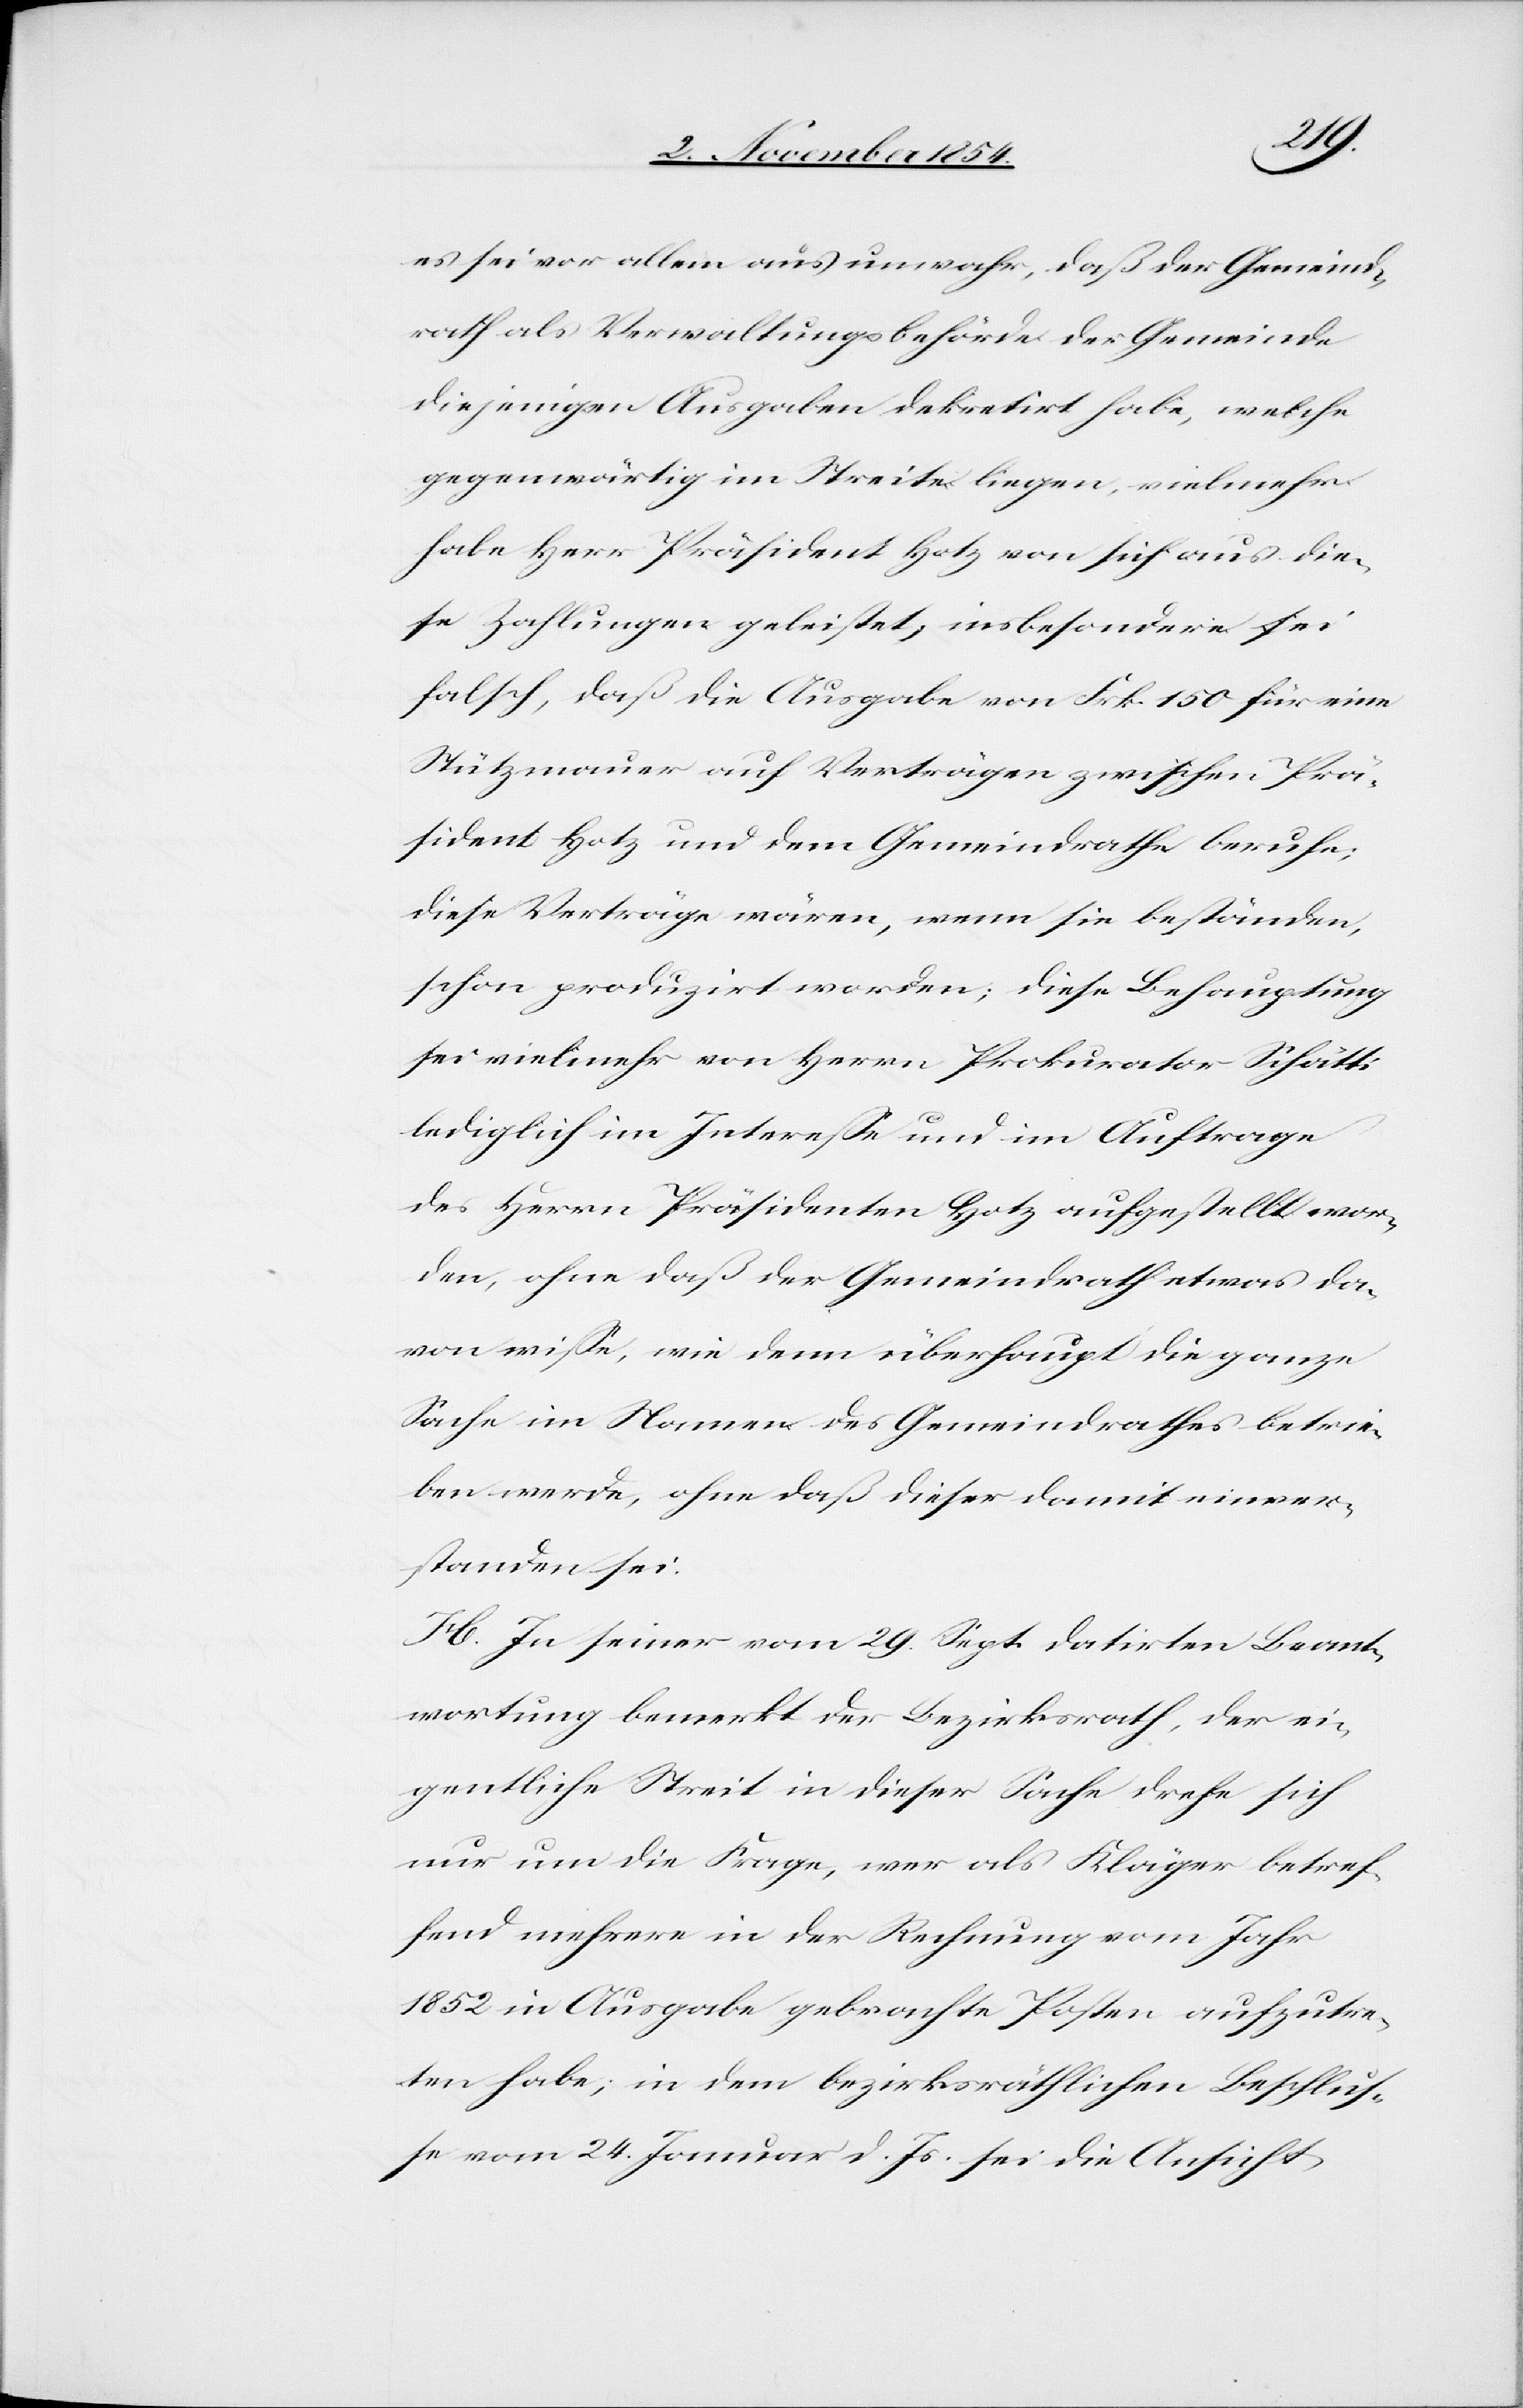
es sei vor allem aus unwahr, daß der Gemeind¬
rath als Verwaltungsbehörde der Gemeinde
diejenigen Ausgaben dekretirt habe, welche
gegenwärtig im Streite liegen, vielmehr
habe Herr Präsident Hotz von sich aus die¬
se Zahlungen geleistet, insbesondere sei
falsch, daß die Ausgabe von Frk. 150 für eine
Stützmauer auf Verträgen zwischen Prä¬
sident Hotz und dem Gemeindrathe beruhe;
diese Verträge wären, wenn sie beständen,
schon produzirt worden; diese Behauptung
sei vielmehr von Herrn Prokurator Schätti
lediglich im Intereße und im Auftrage
des Herrn Präsidenten Hotz aufgestellt wor¬
den, ohne daß der Gemeindrath etwas da¬
von wiße, wie denn überhaupt die ganze
Sache im Namen des Gemeindrathes betrie¬
ben werde, ohne daß dieser damit einver¬
standen sei.
H. In seiner vom 29. Sept. datirten Beant¬
wortung bemerkt der Bezirksrath, der ei¬
gentliche Streit in dieser Sache drehe sich
nur um die Frage, wer als Kläger betref¬
fend mehrere in der Rechnung vom Jahr
1852 in Ausgabe gebrachte Posten aufzutre¬
ten habe; in dem bezirksräthlichen Beschlus¬
se vom 24. Januar d. Js. sei die Ansicht